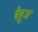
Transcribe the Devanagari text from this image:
बैहुअ